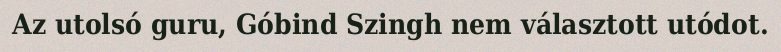
Az utolsó guru, Góbind Szingh nem választott utódot.